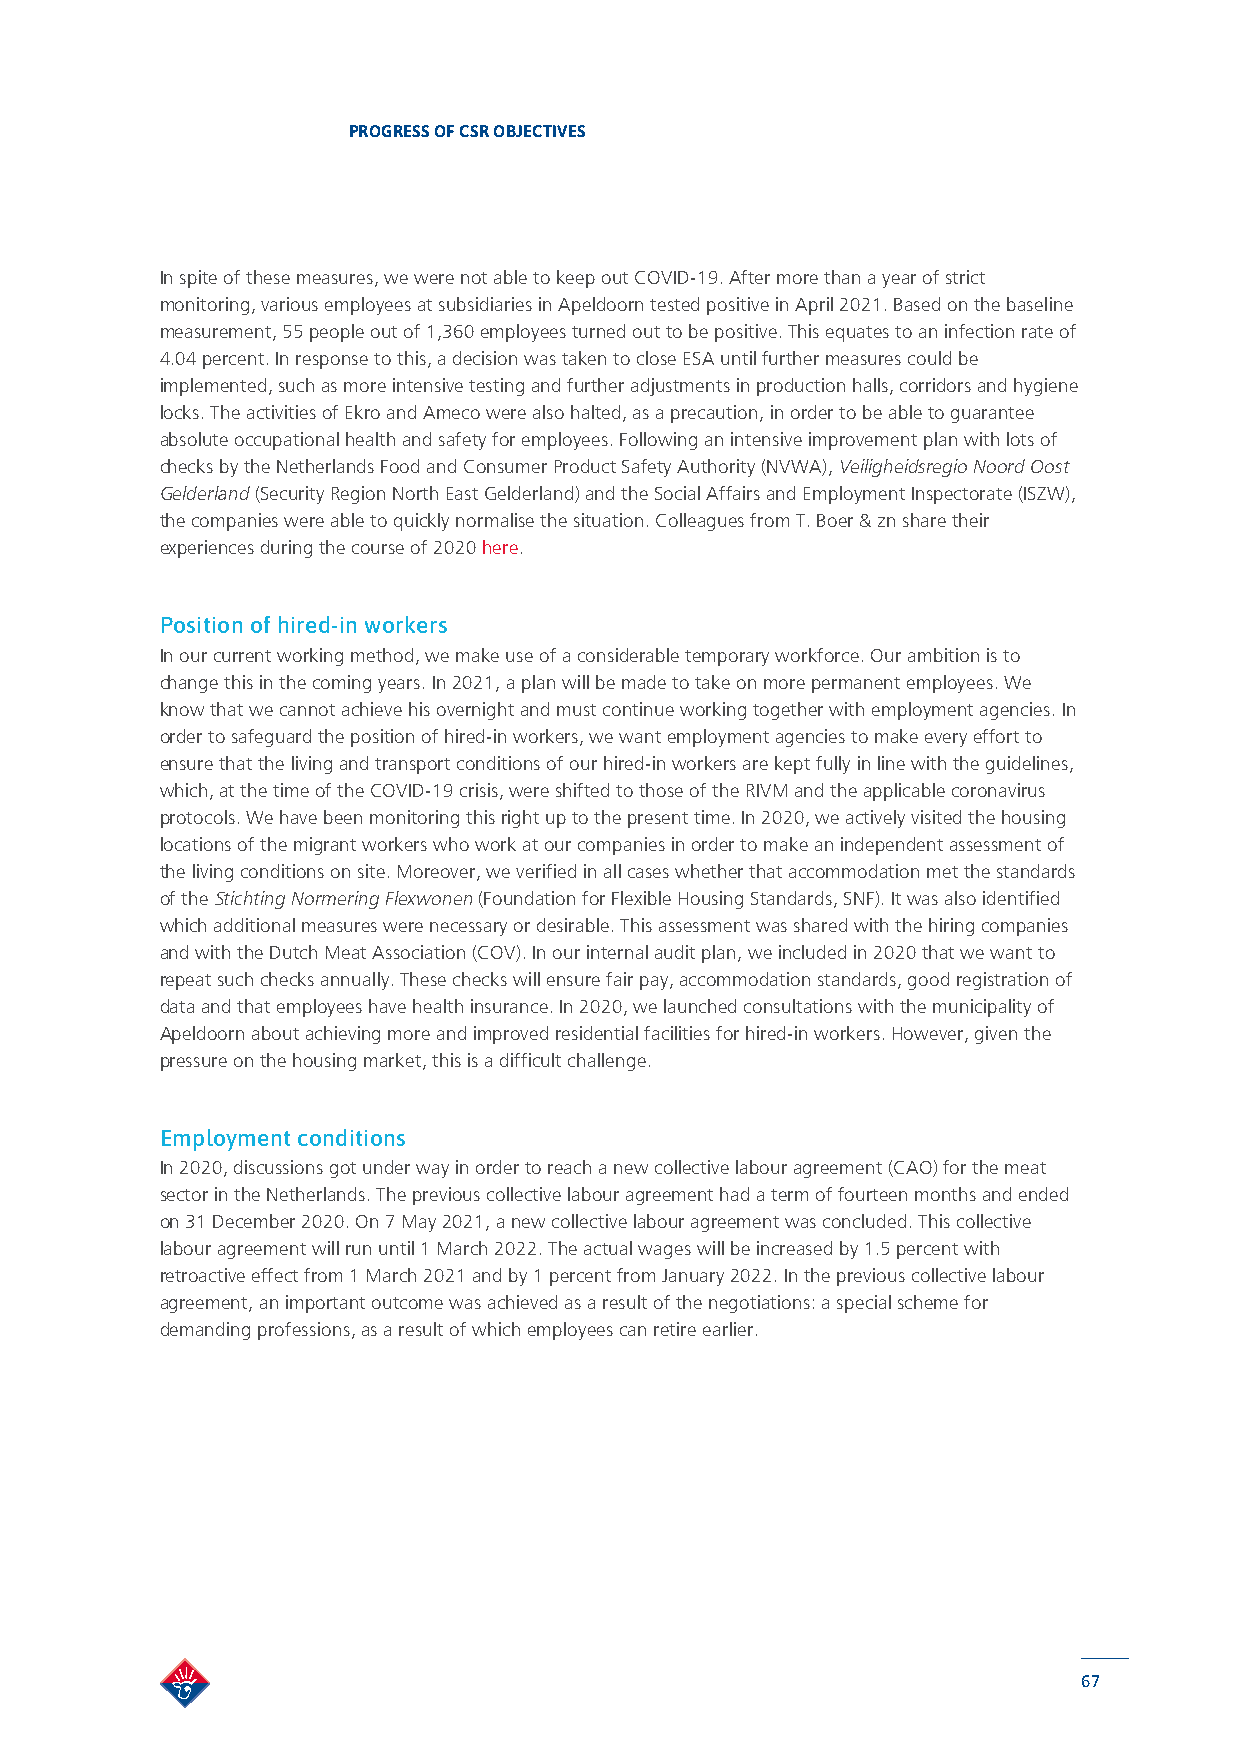
PROGRESS OF CSR OBJECTIVES
 In spite of these measures, we were not able to keep out COVID-19. After more than a year of strict
 monitoring, various employees at subsidiaries in Apeldoorn tested positive in April 2021. Based on the baseline
 measurement, 55 people out of 1,360 employees turned out to be positive. This equates to an infection rate of
 4.04 percent. In response to this, a decision was taken to close ESA until further measures could be
 implemented, such as more intensive testing and further adjustments in production halls, corridors and hygiene
 locks. The activities of Ekro and Ameco were also halted, as a precaution, in order to be able to guarantee
 absolute occupational health and safety for employees. Following an intensive improvement plan with lots of
 checks by the Netherlands Food and Consumer Product Safety Authority (NVWA), Veiligheidsregio Noord Oost
 Gelderland (Security Region North East Gelderland) and the Social Affairs and Employment Inspectorate (ISZW),
 the companies were able to quickly normalise the situation. Colleagues from T. Boer & zn share their
 experiences during the course of 2020 here.
 Position of hired-in workers
 In our current working method, we make use of a considerable temporary workforce. Our ambition is to
 change this in the coming years. In 2021, a plan will be made to take on more permanent employees. We
 know that we cannot achieve his overnight and must continue working together with employment agencies. In
 order to safeguard the position of hired-in workers, we want employment agencies to make every effort to
 ensure that the living and transport conditions of our hired-in workers are kept fully in line with the guidelines,
 which, at the time of the COVID-19 crisis, were shifted to those of the RIVM and the applicable coronavirus
 protocols. We have been monitoring this right up to the present time. In 2020, we actively visited the housing
 locations of the migrant workers who work at our companies in order to make an independent assessment of
 the living conditions on site. Moreover, we verified in all cases whether that accommodation met the standards
 of the Stichting Normering Flexwonen (Foundation for Flexible Housing Standards, SNF). It was also identified
 which additional measures were necessary or desirable. This assessment was shared with the hiring companies
 and with the Dutch Meat Association (COV). In our internal audit plan, we included in 2020 that we want to
 repeat such checks annually. These checks will ensure fair pay, accommodation standards, good registration of
 data and that employees have health insurance. In 2020, we launched consultations with the municipality of
 Apeldoorn about achieving more and improved residential facilities for hired-in workers. However, given the
 pressure on the housing market, this is a difficult challenge.
 Employment conditions
 In 2020, discussions got under way in order to reach a new collective labour agreement (CAO) for the meat
 sector in the Netherlands. The previous collective labour agreement had a term of fourteen months and ended
 on 31 December 2020. On 7 May 2021, a new collective labour agreement was concluded. This collective
 labour agreement will run until 1 March 2022. The actual wages will be increased by 1.5 percent with
 retroactive effect from 1 March 2021 and by 1 percent from January 2022. In the previous collective labour
 agreement, an important outcome was achieved as a result of the negotiations: a special scheme for
 demanding professions, as a result of which employees can retire earlier.
 67